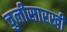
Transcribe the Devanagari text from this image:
चुलीसारखी